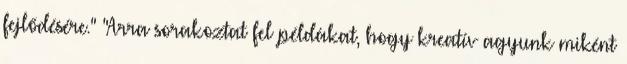
fejlődésére." "Arra sorakoztat fel példákat, hogy kreatív agyunk miként